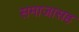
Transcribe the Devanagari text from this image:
समाजासह